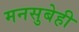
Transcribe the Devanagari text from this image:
मनसुबेही